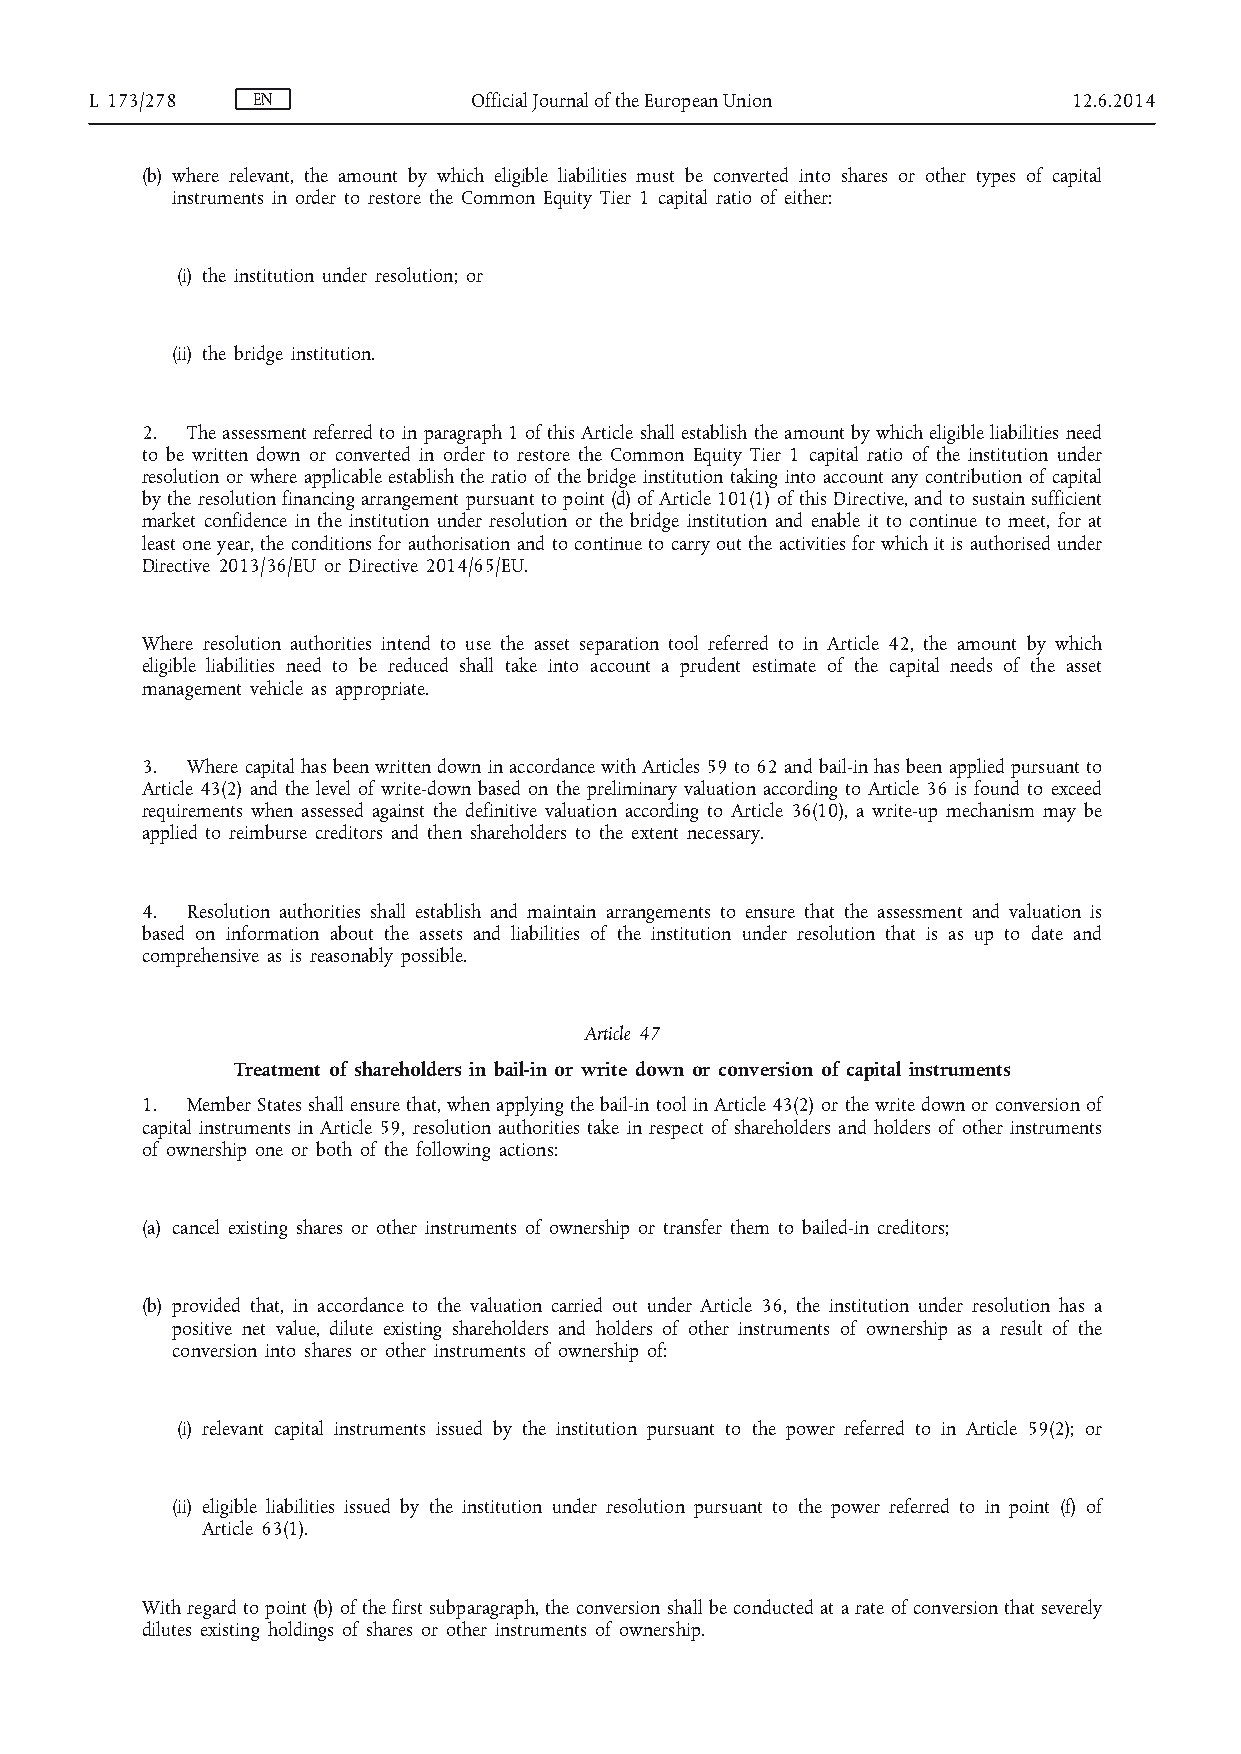
L 173/278  EN            Official Journal of the European Union  12.6.2014
 (b) where relevant, the amount by which eligible liabilities must be converted into shares or other types of capital
 instruments in order to restore the Common Equity Tier 1 capital ratio of either:
 (i) the institution under resolution; or
 (ii) the bridge institution.
 2. The assessment referred to in paragraph 1 of this Article shall establish the amount by which eligible liabilities need
 to be written down or converted in order to restore the Common Equity Tier 1 capital ratio of the institution under
 resolution or where applicable establish the ratio of the bridge institution taking into account any contribution of capital
 by the resolution financing arrangement pursuant to point (d) of Article 101(1) of this Directive, and to sustain sufficient
 market confidence in the institution under resolution or the bridge institution and enable it to continue to meet, for at
 least one year, the conditions for authorisation and to continue to carry out the activities for which it is authorised under
 Directive 2013/36/EU or Directive 2014/65/EU.
 Where resolution authorities intend to use the asset separation tool referred to in Article 42, the amount by which
 eligible liabilities need to be reduced shall take into account a prudent estimate of the capital needs of the asset
 management vehicle as appropriate.
 3. Where capital has been written down in accordance with Articles 59 to 62 and bail-in has been applied pursuant to
 Article 43(2) and the level of write-down based on the preliminary valuation according to Article 36 is found to exceed
 requirements when assessed against the definitive valuation according to Article 36(10), a write-up mechanism may be
 applied to reimburse creditors and then shareholders to the extent necessary.
 4. Resolution authorities shall establish and maintain arrangements to ensure that the assessment and valuation is
 based on information about the assets and liabilities of the institution under resolution that is as up to date and
 comprehensive as is reasonably possible.
 Article 47
 Treatment of shareholders in bail-in or write down or conversion of capital instruments
 1. Member States shall ensure that, when applying the bail-in tool in Article 43(2) or the write down or conversion of
 capital instruments in Article 59, resolution authorities take in respect of shareholders and holders of other instruments
 of ownership one or both of the following actions:
 (a) cancel existing shares or other instruments of ownership or transfer them to bailed-in creditors;
 (b) provided that, in accordance to the valuation carried out under Article 36, the institution under resolution has a
 positive net value, dilute existing shareholders and holders of other instruments of ownership as a result of the
 conversion into shares or other instruments of ownership of:
 (i) relevant capital instruments issued by the institution pursuant to the power referred to in Article 59(2); or
 (ii) eligible liabilities issued by the institution under resolution pursuant to the power referred to in point (f) of
 Article 63(1).
 With regard to point (b) of the first subparagraph, the conversion shall be conducted at a rate of conversion that severely
 dilutes existing holdings of shares or other instruments of ownership.